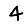
Digit: 4